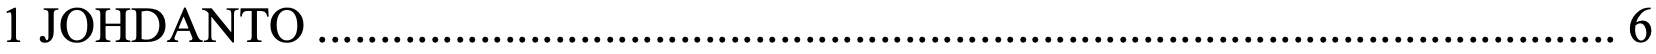
1 JOHDANTO ........................................................................................................ 6